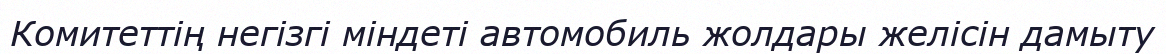
Комитеттің негізгі міндеті автомобиль жолдары желісін дамыту